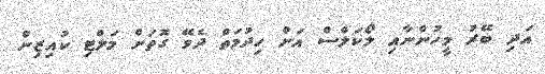
އަދި ބޭރު މީހުންނާއި ލޯކަލްސް އަށް ހިދުމަތް ދެވޭ ގޮތަށް މަލްޓި ކުއިޒިން